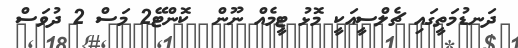
ދަނޑުމަތީގައި ޗެލްސީއަކީ މޮޅު ޓީމެއް ނޫން  ކޮންޓޭ2 މަސް 2 ދުވަސް